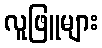
လူဖြူများ